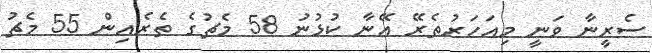
ސެރީނާ ވަނީ މިއަހަރުތެރޭ އޭނާ ކުޅުނު 58 މެޗުގެ ތެރެއިން 55 މެޗު